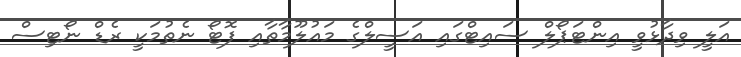
އަލީ ވިދާޅުވީ އިންޓަޕޯލް ސައިޓްގައި އަސީލްގެ މައުލޫމާތާއި ފޮޓޯ ނެތުމަކީ ރެޑް ނޯޓިސް